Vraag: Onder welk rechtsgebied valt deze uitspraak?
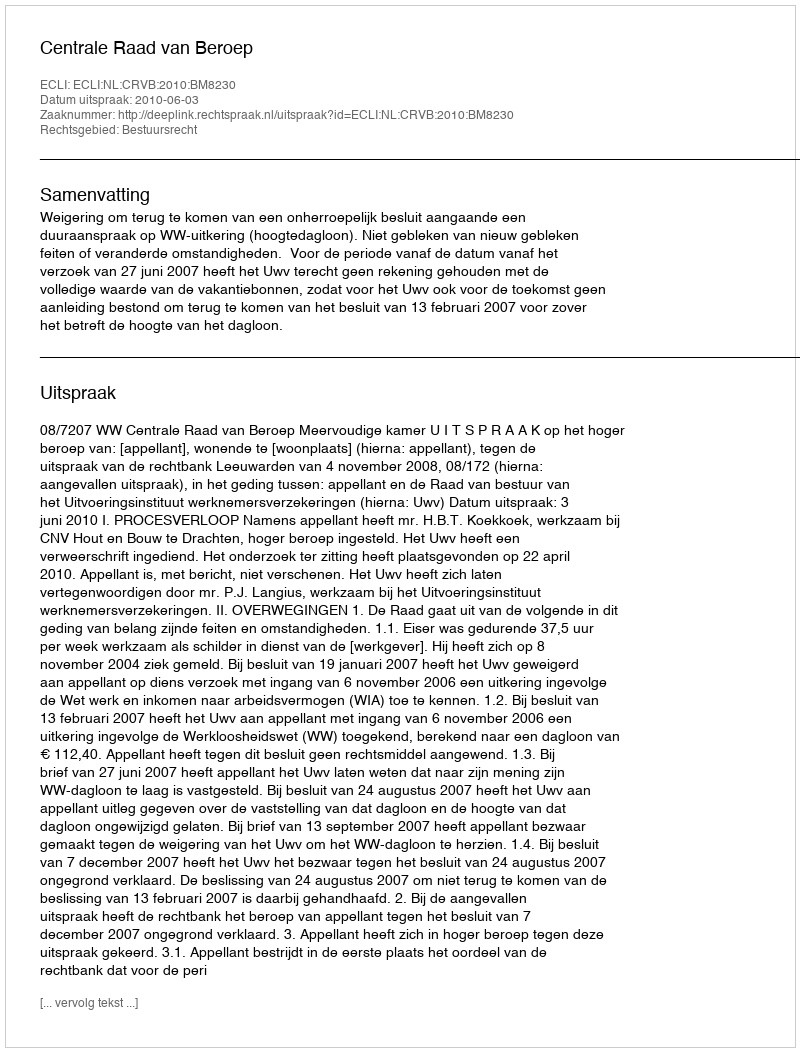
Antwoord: Bestuursrecht